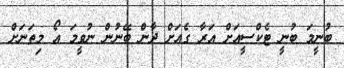
ބުނީމަ ބުނީ ޓެކްސީއަށް އަރާ ގެއަށް ދާން ބޭނުން ނުވީމަ އޯ މިތަނަށް